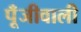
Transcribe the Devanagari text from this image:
पूँजीवाली